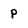
Character: p